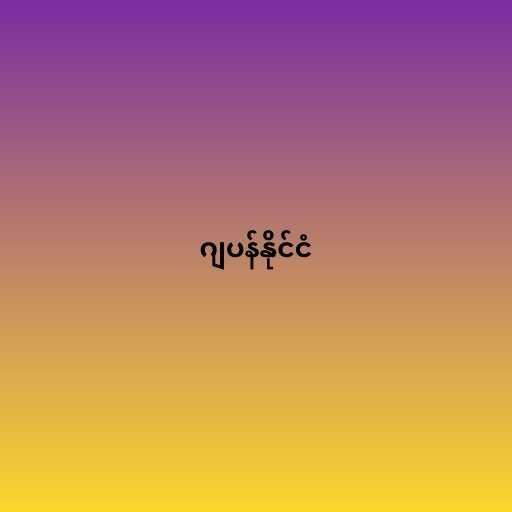
ဂျပန်နိုင်ငံ